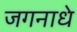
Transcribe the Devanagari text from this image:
जगनाधे